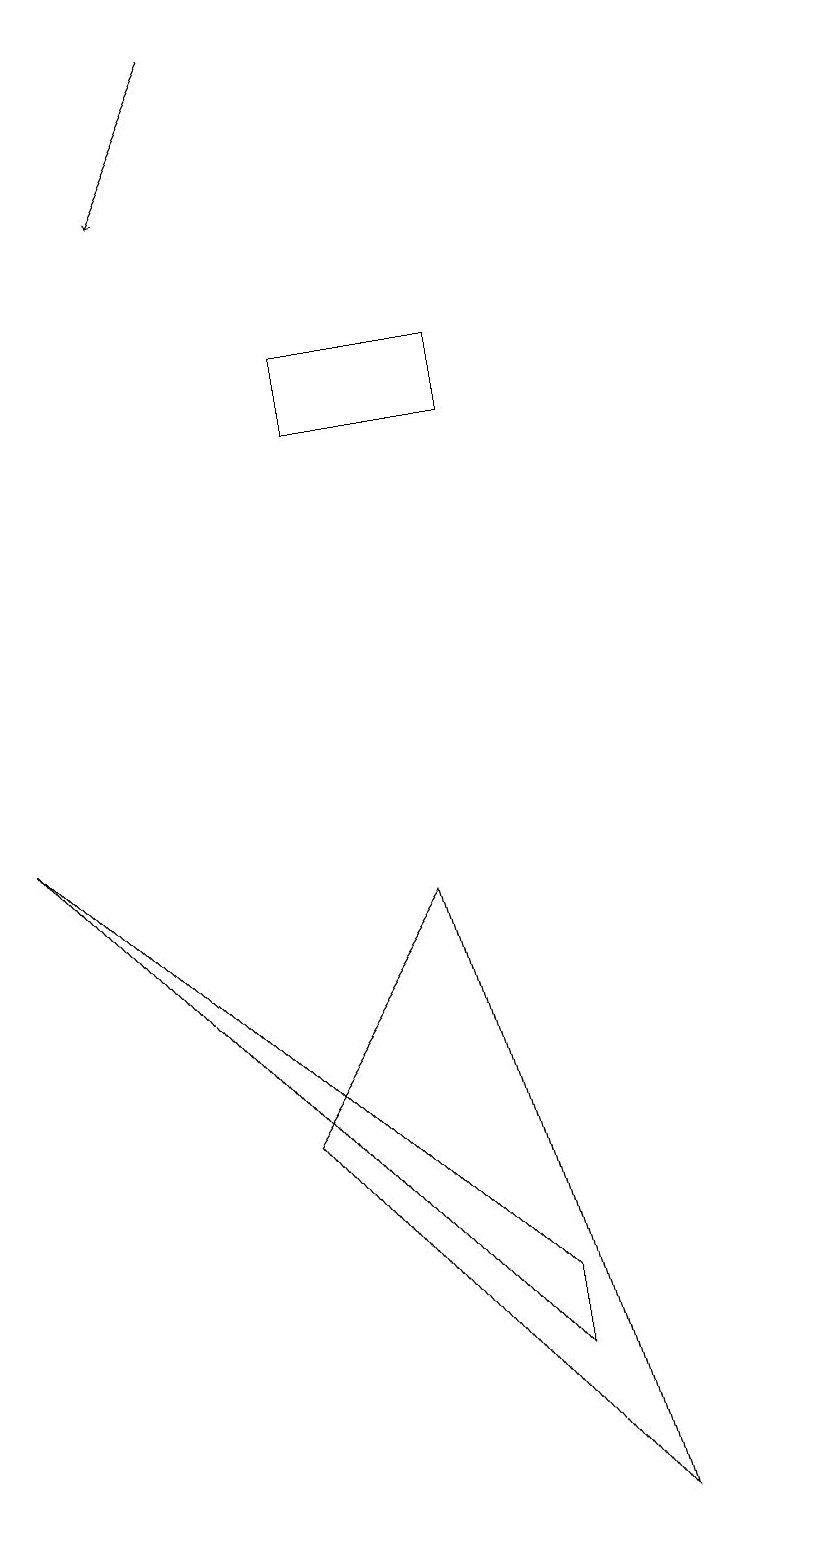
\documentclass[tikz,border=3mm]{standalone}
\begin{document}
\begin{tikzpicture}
\draw (6,15) rectangle (8,14);
\draw (8,3) -- (2,9) -- (8,2) -- cycle;
\draw (12,12) circle (0);
\draw[->] (5,19) -- (4,17);
\draw (9,0) -- (5,5) -- (7,8) -- cycle;
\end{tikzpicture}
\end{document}